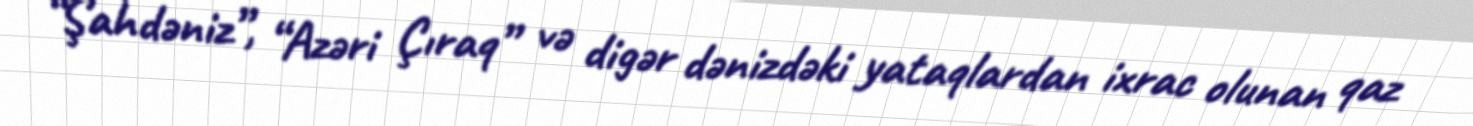
“Şahdəniz”, “Azəri Çıraq” və digər dənizdəki yataqlardan ixrac olunan qaz